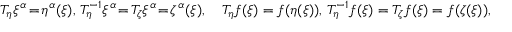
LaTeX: T _ { \eta } \xi ^ { \alpha } \! = \! \eta ^ { \alpha } ( \xi ) , \, T _ { \eta } ^ { - 1 } \xi ^ { \alpha } \! = \! T _ { \zeta } \xi ^ { \alpha } \! = \! \zeta ^ { \alpha } ( \xi ) , \quad T _ { \eta } f ( \xi ) = f ( \eta ( \xi ) ) , \, T _ { \eta } ^ { - 1 } f ( \xi ) = T _ { \zeta } f ( \xi ) = f ( \zeta ( \xi ) ) ,